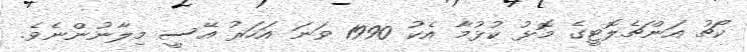
ކޯޗު އަންޗެލޮޓީގެ މޮޅު ކުޅުމާ އެކު 1990 ވަނަ އަހަރު އޭސީ މިލާނުންނެވެ.